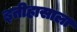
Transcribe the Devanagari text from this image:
इतीहासाला